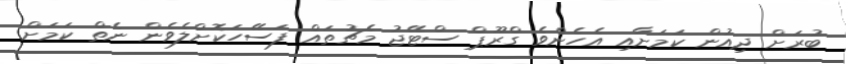
ބުރަށް ދިއުން ކަމަށާއި އެހެންވެ ގްރޫޕް ސްޓޭޖު މެޗުތައް ފަސޭހަކޮށްލެވެން ނެތް ކަމަށް